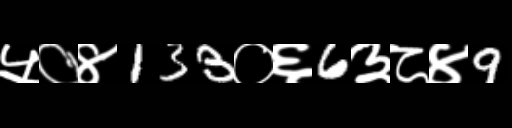
Text: ५०४133०६6३८४9